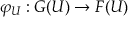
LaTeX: \varphi _ { U } : G ( U ) \to F ( U )